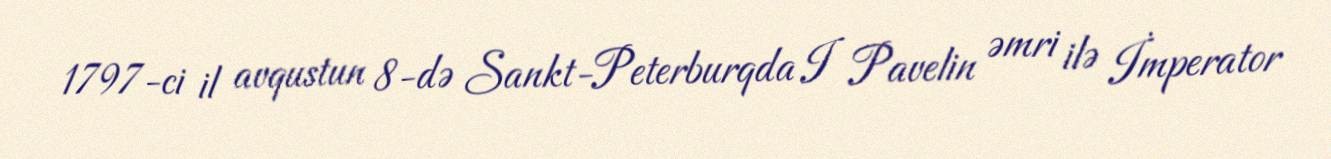
1797-ci il avqustun 8-də Sankt-Peterburqda I Pavelin əmri ilə İmperator